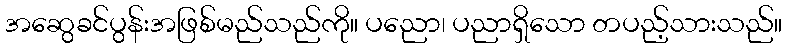
အဆွေခင်ပွန်းအဖြစ်မည်သည်ကို။ ပညော၊ ပညာရှိသော တပည့်သားသည်။